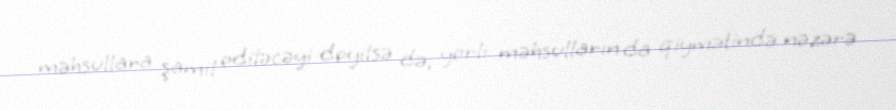
məhsullara şamil ediləcəyi deyilsə də, yerli məhsulların da qiymətində nəzərə